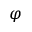
\varphi